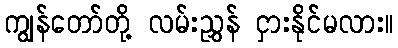
ကျွန်တော်တို့ လမ်းညွှန် ငှားနိုင်မလား။